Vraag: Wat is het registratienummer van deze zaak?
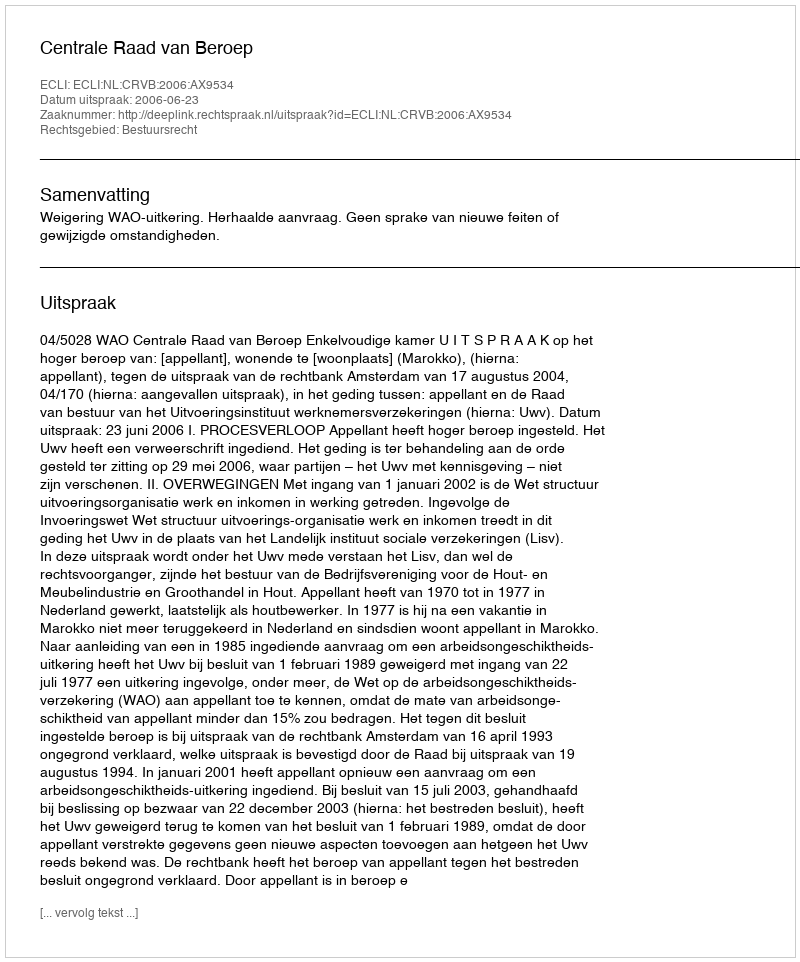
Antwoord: http://deeplink.rechtspraak.nl/uitspraak?id=ECLI:NL:CRVB:2006:AX9534